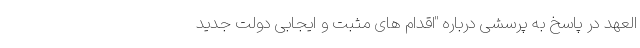
العهد در پاسخ به پرسشی درباره "اقدام های مثبت و ایجابی دولت جدید